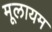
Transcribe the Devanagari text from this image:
मूलायम